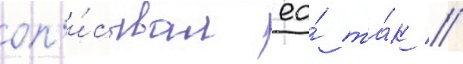
оп'и́сывал ео́ та́к //